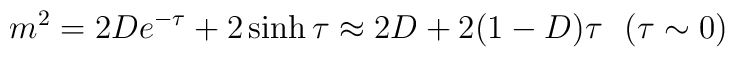
m^2=2De^{-\tau}+2\sinh\tau\approx 2D+2(1-D)\tau~~(\tau\sim0)